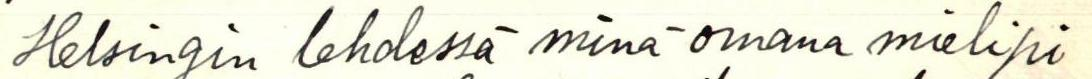
Helsingin lehdessä minä omana mielipi